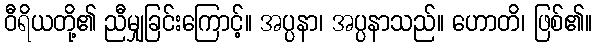
ဝီရိယတို့၏ ညီမျှခြင်းကြောင့်။ အပ္ပနာ၊ အပ္ပနာသည်။ ဟောတိ၊ ဖြစ်၏။